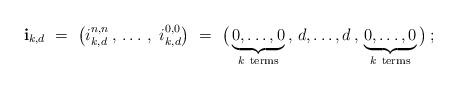
LaTeX: \begin{align*} \mathbf{i}_{k,d} \ = \ \left(i_{k,d}^{n,n} \,,\, \ldots \,,\ i^{0,0}_{k,d} \right) \ = \ \big( \underbrace{0,\ldots,0}_{k \ \mathrm{terms}} \,,\, d , \ldots , d \,,\, \underbrace{0,\ldots,0}_{k \ \mathrm{terms}} \big) \,;\end{align*}